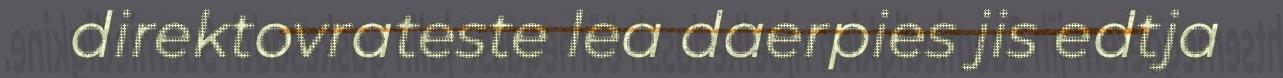
direktovrateste lea daerpies jis edtja